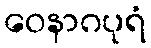
ဝေနာဂပုရံ